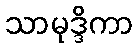
သာမုဒ္ဒိကာ